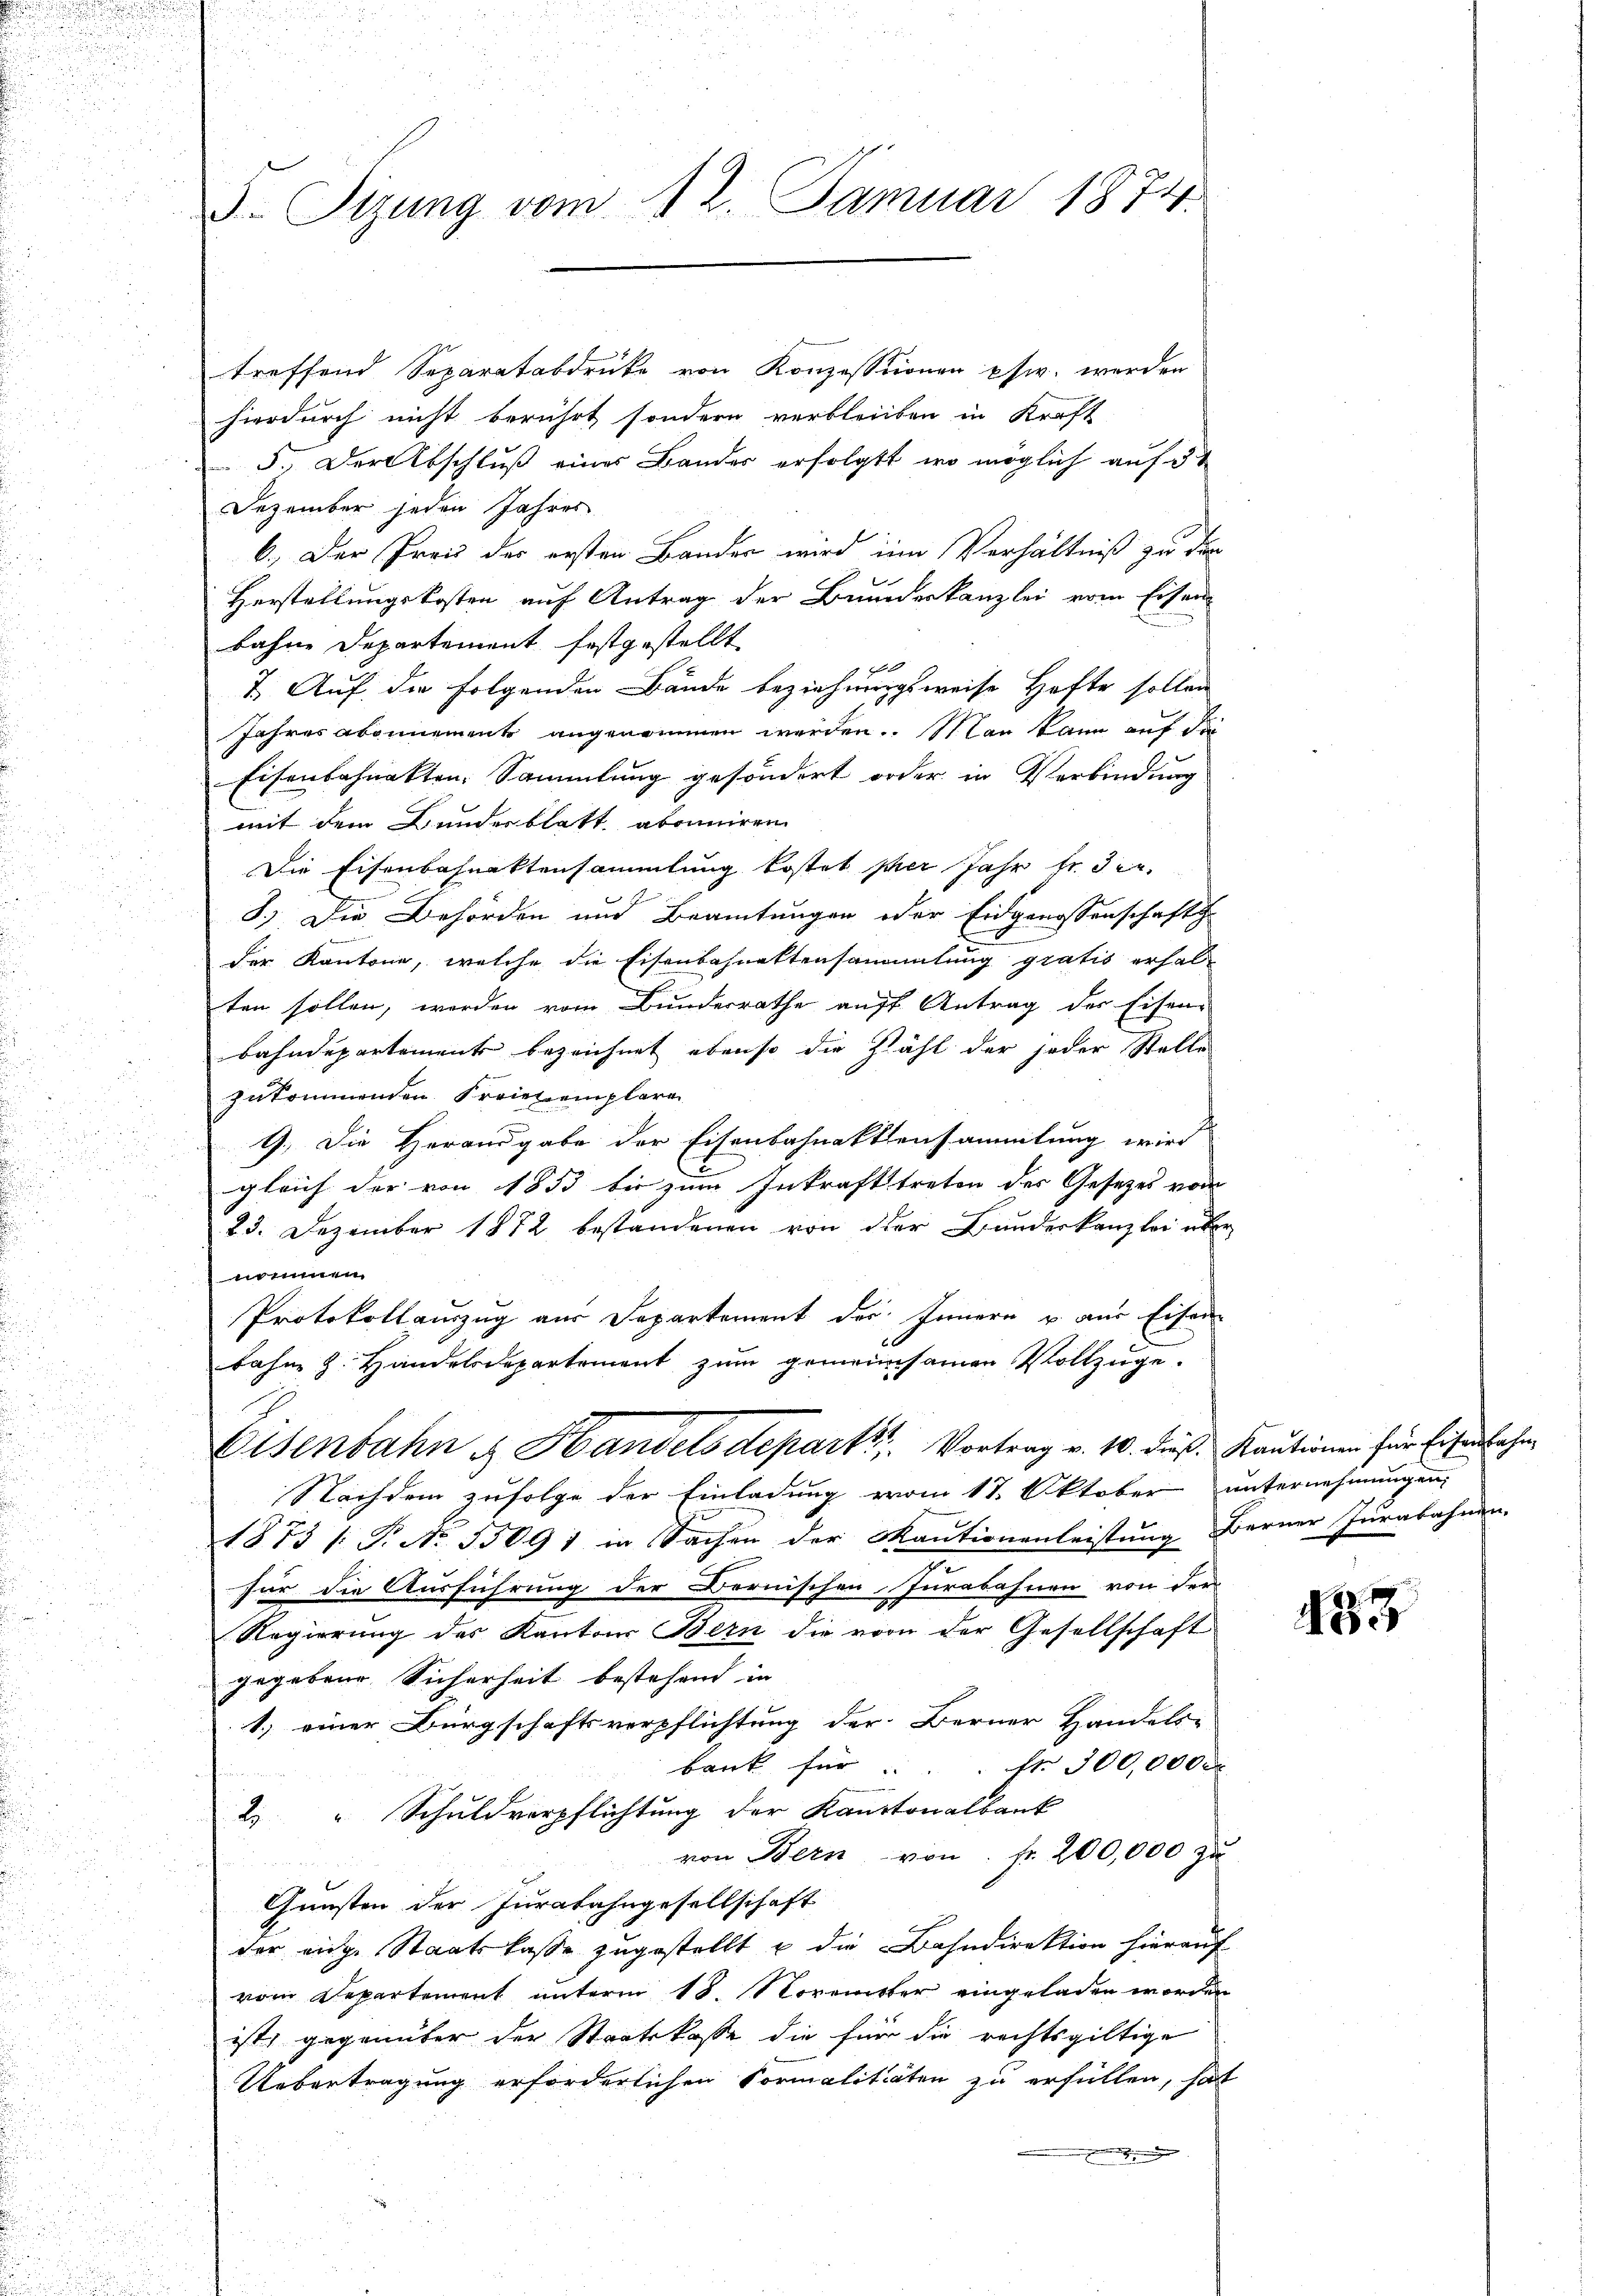
treffend Separatabdruke von Konzessionen pfw. werden
hierdurch nicht berührt sondern verbleiben in Kraft
5. Der Abschluß eines Bandes erfolgt, wo möglich auf 5
Dezember jeden Jahres
6. Der Preis der ersten Bander wird im Verhältniß zu den
Herstellungskosten auf Antrag der Bundeskanzlei vom Eisen
bahne Departement festgestellt
7. Auf die folgenden Bände beziehnungsweise Hafte sollen
Jahres abonnemente angenommen werden. Man kann auf die
Eisenbahnakten Sammlung gesondert oder in Verbindung
mit dem Bundesblatt abonniren
Die Eisenbahnaktensammlung kostet per Jahr fr. die
8.) Die Behörden und Beamtungen oder Eidgenossenschaftsh
der Kantone, welche die Eisenbahnaktensammlung gratis erhalten sollen, worden vom Bunderrathe auff Antrag der Eisen¬
Bahndepartement bezeichnet ebenso die Zahl der jeder Stelle
zukommenden Freiet emplaren
9.) Die Herandgabe der Eisenbahnaktensammlung wird
.
gleich der von 1853 bis zum Inkrafttreten des Gesetzes von
23. Dezember 1872 bestandenen von der Bunderkanzlei übe
mzimmen
Protokollauszug aus Departement des Innern u aus Eisen
bahn z. Handelsdepartement zum gemeinsamen Vollzüge.
Eisenbahn & Handels depart Vortrag v. 10. dieß. Kautionen für Eisenbahn
Nachdem zufolge der Einladung vom 17. Oktober
1873 /: P. No. 53091 in Sachen der Kautionenleistung Berner Jurabahnen.
für die Ausführung der Bernischen Jurabahnen von der
Regierung des Kantons Bern die von der Gesellschaft
gegebene Sicherheit bestehend in
1.) einer Bürgschaftsverpflichtung der Berner Handels-
bank für " fr. 300,000
2 " Schuldverpflichtung der Kantonalbank
von Bern von fr. 200,000 zu
Gunsten der Juratahngesellschaft
der eige Staatskasse zugestellt u die Bahndirektion hierauf
vom Departement unterm 18. November eingeladen worde
ist, gegenüber der Staatskasse die für die rechtsgültige
Uebertragung erforderlichen Formalitäten zu erfüllen, so
.

F. Sizung vom 12. Januar 1874.

unternehmungen,

s
f
t

435